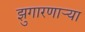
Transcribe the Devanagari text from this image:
झुगारणाऱ्या